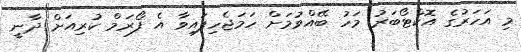
މި އަހަރުގެ އޮކްޓޯބަރު މަހު ބޭއްވުމަށް ހަމަޖެހިފައިވާ އެ ފޯރަމް ކުރިއަށް ދާނީ